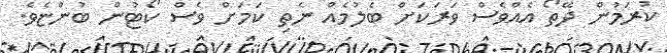
ކުރަމުން ދޭތޯ އެއްވެސް ވަރަކަށް ބެލުމެއް ނެތި ކަމަށް ވެސް ކޯޓުން ބުންޏެވެ.